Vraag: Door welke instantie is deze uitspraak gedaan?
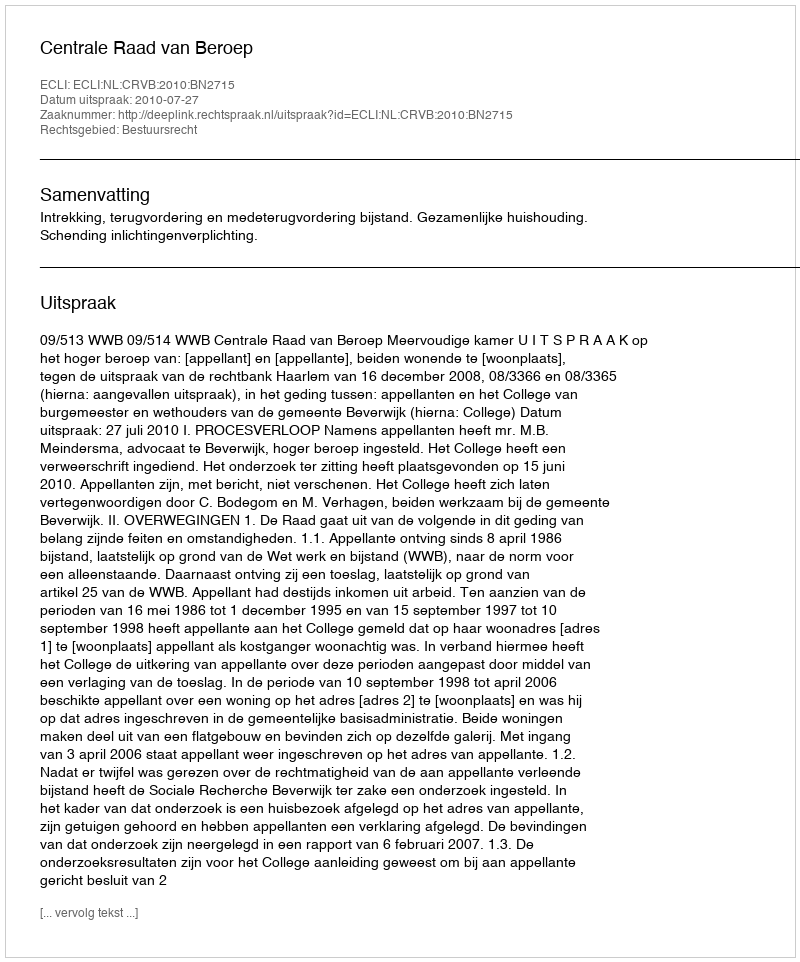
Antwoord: Centrale Raad van Beroep